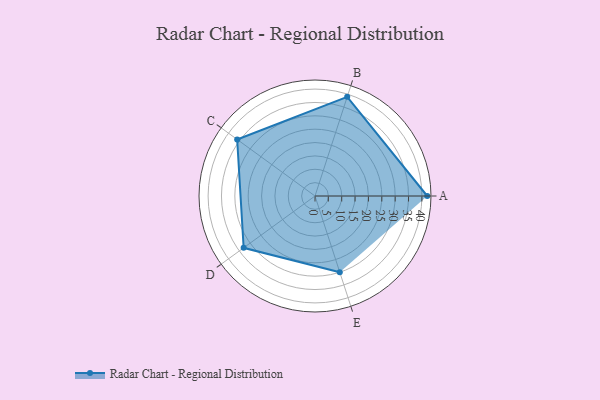
{"axis": {"x": "Skill", "y": "Score"}, "legend": ["Profile"], "data": [{"x": "A", "y": 42.0, "type": "Profile"}, {"x": "B", "y": 39.0, "type": "Profile"}, {"x": "C", "y": 36.0, "type": "Profile"}, {"x": "D", "y": 33.0, "type": "Profile"}, {"x": "E", "y": 30.0, "type": "Profile"}]}